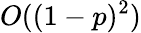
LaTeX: O((1-p)^{2})